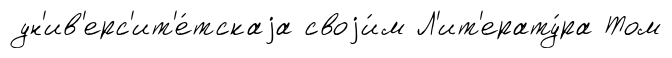
ун'ив'ерс'ит'е́тскаjа своjи́м Л'ит'ерату́ра Том